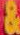
&